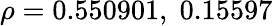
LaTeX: \rho=0.550901,\; 0.15597